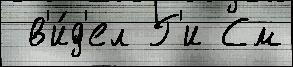
 в'и́д'ел Г'и См